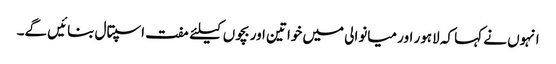
انہوں نے کہا کہ لاہور اور میانوالی میں خواتین اور بچوں کیلئے مفت اسپتال بنائیں گے۔